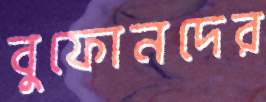
বুফোনদের